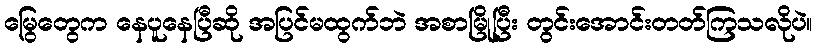
မြွေတွေက နေပူနေပြီဆို အပြင်မထွက်ဘဲ အစာမြိုပြီး တွင်းအောင်းတတ်ကြသလိုပဲ။